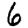
Digit: 6